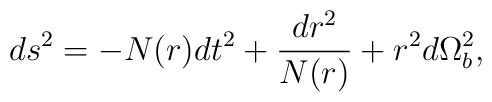
ds^2 = -N(r)dt^2 + \frac{dr^2}{N(r)} + r^2d\Omega^2_b  ,